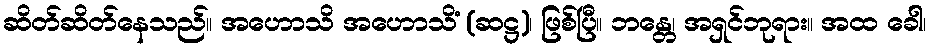
ဆိတ်ဆိတ်နေသည်။ အဟောသိ အဟောသိံ (ဆဋ္ဌ)၊ ဖြစ်ပြီ။ ဘန္တေ၊ အရှင်ဘုရား။ အထ ခေါ၊